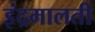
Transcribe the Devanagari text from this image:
इंद्रमालती